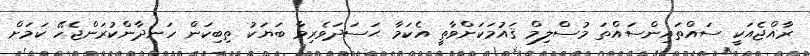
ރާއްޖެއަކީ ސައްތައިންސައްތަ މުސްލިމް ޤައުމަކަށްވާތީ އެކަމާ ޙަސަދަވެރިވާ ބަޔަކު ތިބިކަން ހަނދާންކުރަންޖެހޭ ކަމަށް